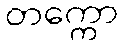
တက္ကော